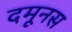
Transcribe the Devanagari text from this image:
दमूनस